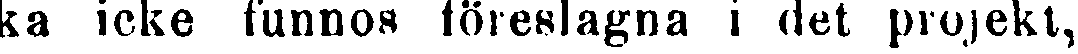
ka icke funnos föreslagna i det projekt,